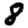
Digit: 8